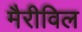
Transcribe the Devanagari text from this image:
मैरीविल